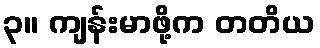
၃။ ကျန်းမာဖို့က တတိယ